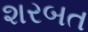
શરબત